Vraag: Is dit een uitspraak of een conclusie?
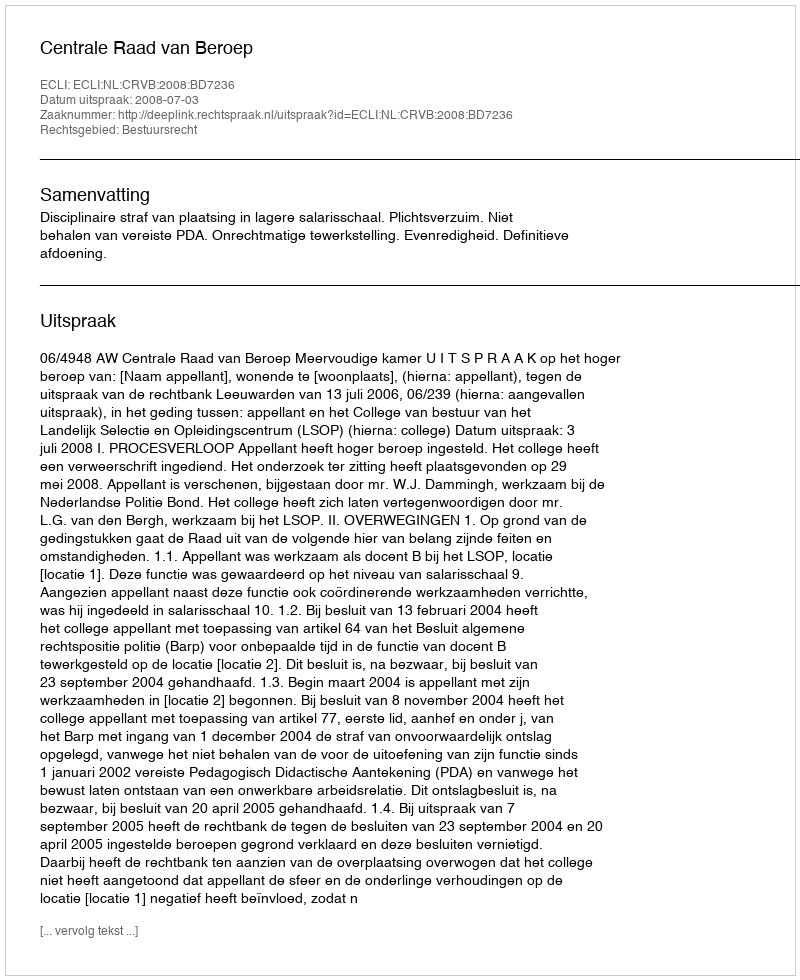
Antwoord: Uitspraak